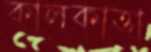
কালকাত্তা